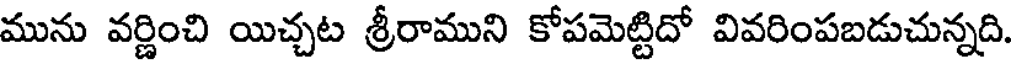
మును వర్ణించి యిచ్చట శ్రీరాముని కోపమెట్టిదో వివరింపబడుచున్నది.